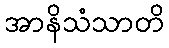
အာနိသံသာတိ